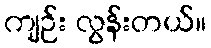
ကျဉ်း လွန်းတယ်။